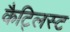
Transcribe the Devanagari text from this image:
कैट्लिस्ट